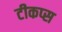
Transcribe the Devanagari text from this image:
टीकप्स